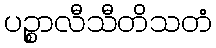
ပဉ္စာလီသီတိသတံ